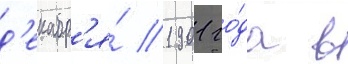
д'екабр'я́ 1901 го́да в